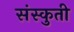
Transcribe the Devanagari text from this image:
संस्कुती